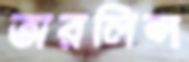
অরলিন্স